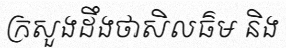
ក្រសួងដឹងថាសិលធ៌ម និង